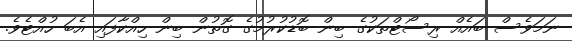
ނަމަވެސް ބައެއް ރިސޯޓްތަކުގެ ބިން ބޮޑުކުރުމުގެ ގޮތުން ބިން ހިއްކާފައި އެބަ ހުއްޓެވެ.